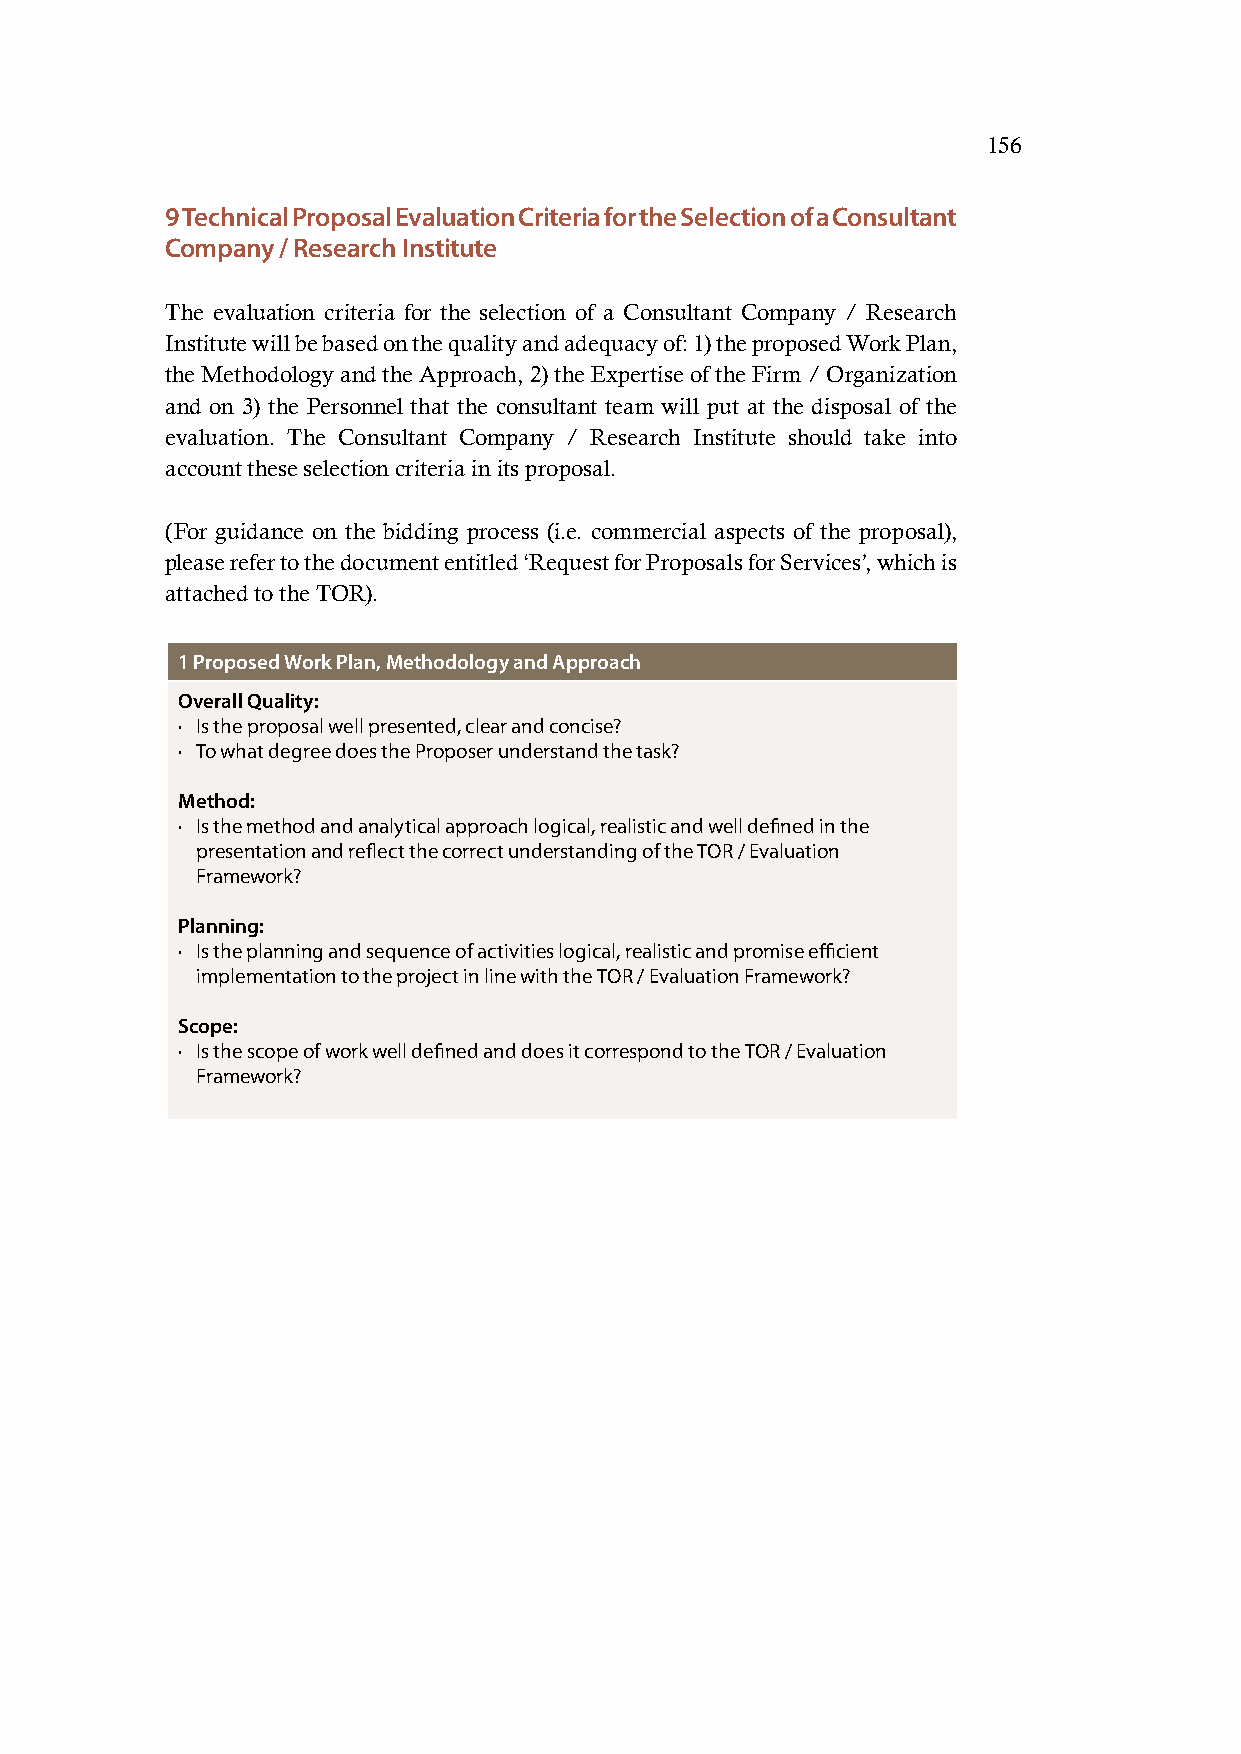
156
 9 Technical Proposal Evaluation Criteria for the Selection of a Consultant
 Company / Research Institute
 The evaluation criteria for the selection of a Consultant Company / Research
 Institute will be based on the quality and adequacy of: 1) the proposed Work Plan,
 the Methodology and the Approach, 2) the Expertise of the Firm / Organization
 and on 3) the Personnel that the consultant team will put at the disposal of the
 evaluation. The Consultant Company / Research Institute should take into
 account these selection criteria in its proposal.
 (For guidance on the bidding process (i.e. commercial aspects of the proposal),
 please refer to the document entitled ‘Request for Proposals for Services’, which is
 attached to the TOR).
 1 Proposed Work Plan, Methodology and Approach
 Overall Quality:
 · Is the proposal well presented, clear and concise?
 · To what degree does the Proposer understand the task?
 Method:
 · Is the method and analytical approach logical, realistic and well defined in the
 presentation and reflect the correct understanding of the TOR / Evaluation
 Framework?
 Planning:
 · Is the planning and sequence of activities logical, realistic and promise efficient
 implementation to the project in line with the TOR / Evaluation Framework?
 Scope:
 · Is the scope of work well defined and does it correspond to the TOR / Evaluation
 Framework?